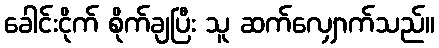
ခေါင်းငိုက် စိုက်ချပြီး သူ ဆက်လျှောက်သည်။